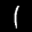
Label: 1